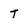
Character: t